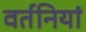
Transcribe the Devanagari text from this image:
वर्तनियां